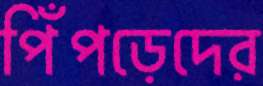
পিঁপড়েদের